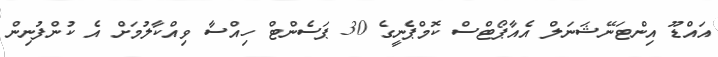
އައްޑޫ އިންޓަނޭޝަނަލް އެއާޕޯޓްސް ކޮމްޕެނީގެ 30 ޕަސެންޓް ހިއްސާ ވިއްކާލުމަށް އެ ކުންފުނިން